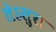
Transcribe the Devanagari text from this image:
तेऽसुरा